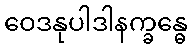
ဝေဒနုပါဒါနက္ခန္ဓေ